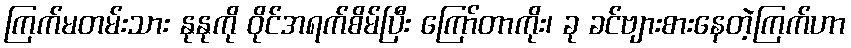
ကြက်မတမ်းသား နုနုကို ဝိုင်အရက်စိမ်ပြီး ကြော်တာကိုး၊ ခု ခင်ဗျားစားနေတဲ့ကြက်ဟာ